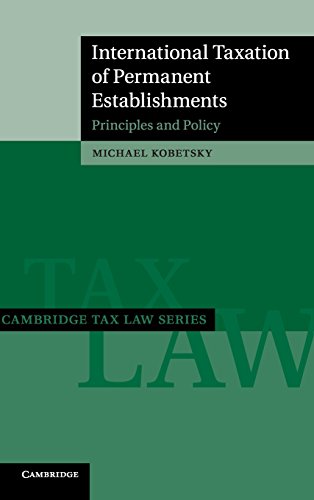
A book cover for International Taxation of Permanent Establishments: Principles and Policy (Cambridge Tax Law Series); Michael Kobetsky; Law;